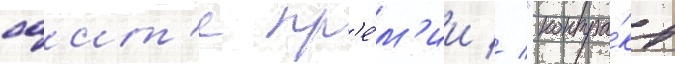
саит'е пр'е́м'ии // "контра́кт